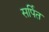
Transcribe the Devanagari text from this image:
सर्पित